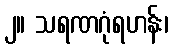
၂။ သရဏဂုံရဟန်း၊